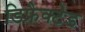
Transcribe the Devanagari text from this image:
डिफ्रैक्टेड